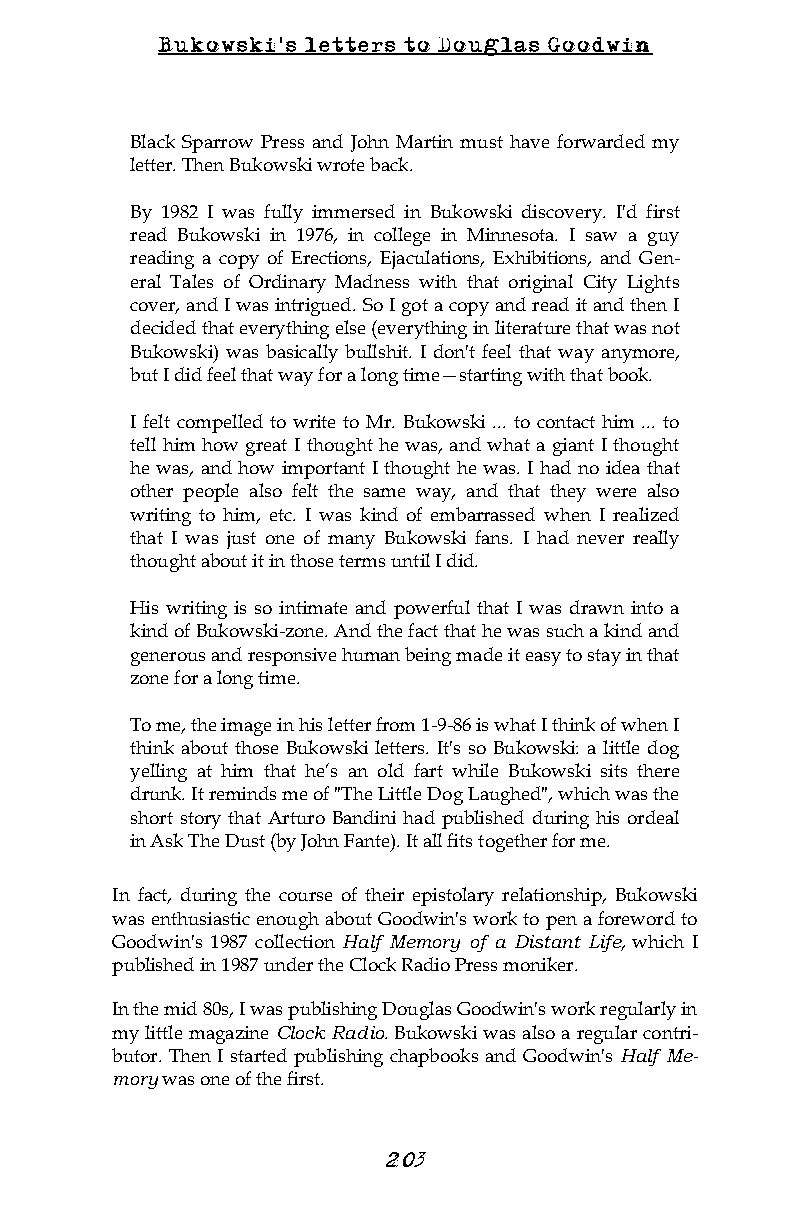
Bukowski's letters to Douglas Goodwin
 Black Sparrow Press and John Martin must have forwarded my
 letter. Then Bukowski wrote back.
 By 1982 I was fully immersed in Bukowski discovery. I'd first
 read Bukowski in 1976, in college in Minnesota. I saw a guy
 reading a copy of Erections, Ejaculations, Exhibitions, and Gen-
 eral Tales of Ordinary Madness with that original City Lights
 cover, and I was intrigued. So I got a copy and read it and then I
 decided that everything else (everything in literature that was not
 Bukowski) was basically bullshit. I don't feel that way anymore,
 but I did feel that way for a long time—starting with that book.
 I felt compelled to write to Mr. Bukowski ... to contact him ... to
 tell him how great I thought he was, and what a giant I thought
 he was, and how important I thought he was. I had no idea that
 other people also felt the same way, and that they were also
 writing to him, etc. I was kind of embarrassed when I realized
 that I was just one of many Bukowski fans. I had never really
 thought about it in those terms until I did.
 His writing is so intimate and powerful that I was drawn into a
 kind of Bukowski-zone. And the fact that he was such a kind and
 generous and responsive human being made it easy to stay in that
 zone for a long time.
 To me, the image in his letter from 1-9-86 is what I think of when I
 think about those Bukowski letters. It's so Bukowski: a little dog
 yelling at him that he’s an old fart while Bukowski sits there
 drunk. It reminds me of "The Little Dog Laughed", which was the
 short story that Arturo Bandini had published during his ordeal
 in Ask The Dust (by John Fante). It all fits together for me.
 In fact, during the course of their epistolary relationship, Bukowski
 was enthusiastic enough about Goodwin's work to pen a foreword to
 Goodwin's 1987 collection Half Memory of a Distant Life, which I
 published in 1987 under the Clock Radio Press moniker.
 In the mid 80s, I was publishing Douglas Goodwin's work regularly in
 my little magazine Clock Radio. Bukowski was also a regular contri-
 butor. Then I started publishing chapbooks and Goodwin's Half Me-
 mory was one of the first.
 20 3